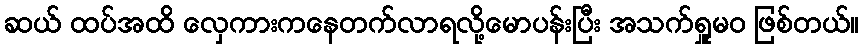
ဆယ် ထပ်အထိ လှေကားကနေတက်လာရလို့မောပန်းပြီး အသက်ရှူမဝ ဖြစ်တယ်။